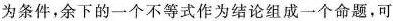
为条件，余下的一个不等式作为结论组成一个命题，可